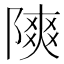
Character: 𫕐